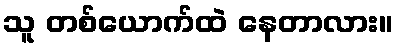
သူ တစ်ယောက်ထဲ နေတာလား။